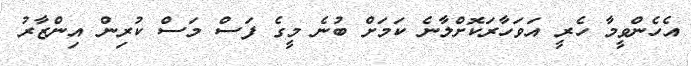
އެހެންވީމާ ހެރީ އަވަހާރަކޮށްލާނެ ކަމަށް ބުނެ މީގެ ފަސް މަސް ކުރިން އިންޒާރު